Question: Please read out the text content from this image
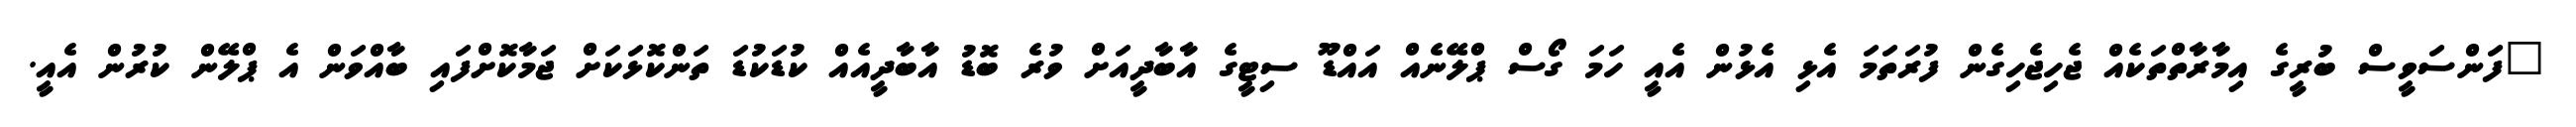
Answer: "ފަންސަވީސް ބުރީގެ އިމާރާތްތަކެއް ޖެހިޖެހިގެން ފުރަތަމަ އެޅި އެޅުން އެއީ ހަމަ ގޯސް ޕްލޭނެއް އައްޑޫ ސިޓީގެ އާބާދީއަށް ވުރެ ބޮޑު އާބާދީއެއް ކުޑަކުޑަ ތަންކޮޅަކަށް ޖަމާކޮށްފައި ބާއްވަން އެ ޕްލޭން ކުރުން އެއީ.